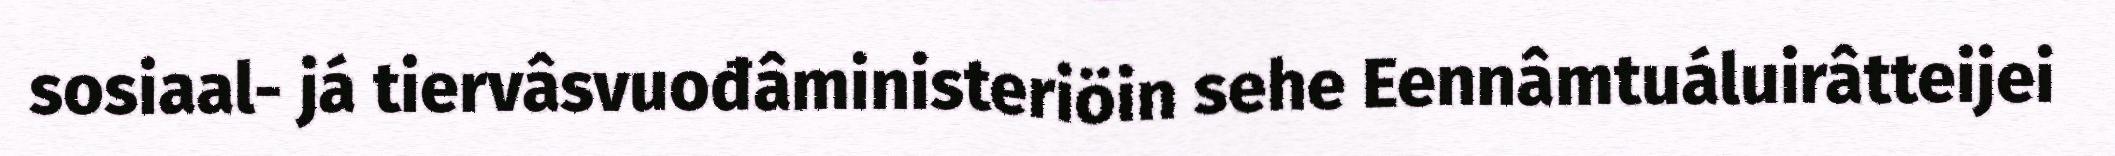
sosiaal- já tiervâsvuođâministeriöin sehe Eennâmtuáluirâtteijei